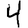
Digit: 4